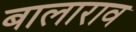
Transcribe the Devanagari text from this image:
बालाराव